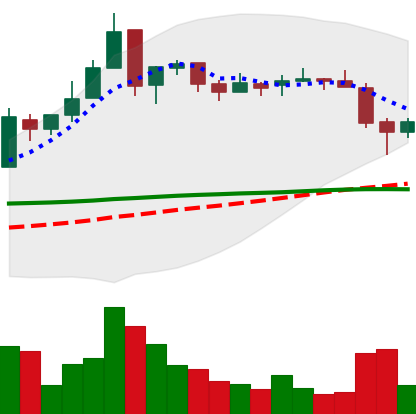
Ticker: EOS-USD
Chart end date: 2018-05-13
Forward return: -12.944%
Label: down_7plus